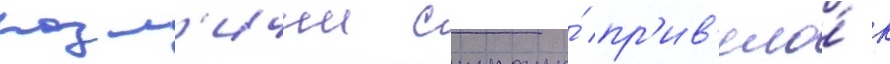
разл'ичии страны́ пр'ив'ело́ к